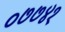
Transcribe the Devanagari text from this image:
०७७४१